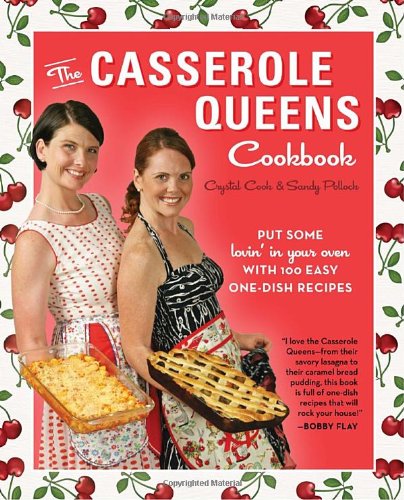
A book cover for The Casserole Queens Cookbook: Put Some Lovin' in Your Oven with 100 Easy One-Dish Recipes; Crystal Cook; Cookbooks, Food & Wine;